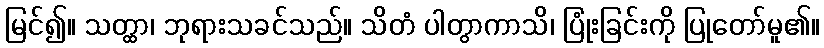
မြင်၍။ သတ္ထာ၊ ဘုရားသခင်သည်။ သိတံ ပါတွာကာသိ၊ ပြုံးခြင်းကို ပြုတော်မူ၏။